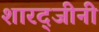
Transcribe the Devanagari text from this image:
शारद्जीनी